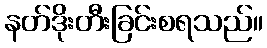
နတ်ဒိုးတီးခြင်းစရသည်။